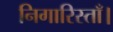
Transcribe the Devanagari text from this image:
निगारिस्ताँ।